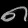
Digit: ၈